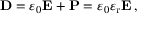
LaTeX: \mathbf { D } = \varepsilon _ { 0 } \mathbf { E } + \mathbf { P } = \varepsilon _ { 0 } \varepsilon _ { \mathrm { r } } \mathbf { E } \, ,